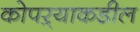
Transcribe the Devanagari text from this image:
कोपऱ्याकडील